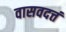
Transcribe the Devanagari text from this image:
वासवदत्तं